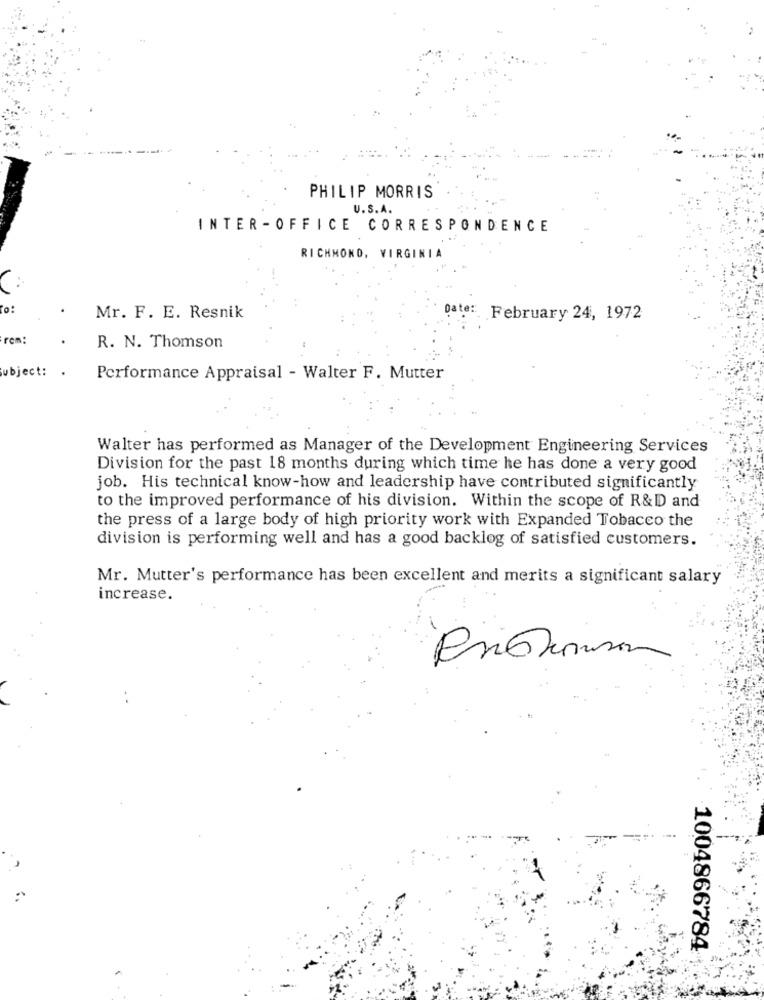
PHILIP MORRIS
U.S.A.
INTER - OFFICE CORRESPONDENCE
RICHMOND, VIRGINIA
Mr. F. E. Resnik
Date: February 24, 1972
rom:
R. N. Thomson
ubject: .
Performance Appraisal - Walter F. Mutter
Walter has performed as Manager of the Development Engineering Services
Division for the past 18 months during which time he has done a very good
job. His technical know-how and leadership have contributed significantly
to the improved performance of his division. Within the scope of R&D and
the press of a large body of high priority work with Expanded Tobacco the
division is performing well and has a good backlog of satisfied customers.
Mr. Mutter's performance has been excellent and merits a significant salary
increase.
1004866784